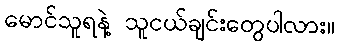
မောင်သူရနဲ့ သူငယ်ချင်းတွေပါလား။